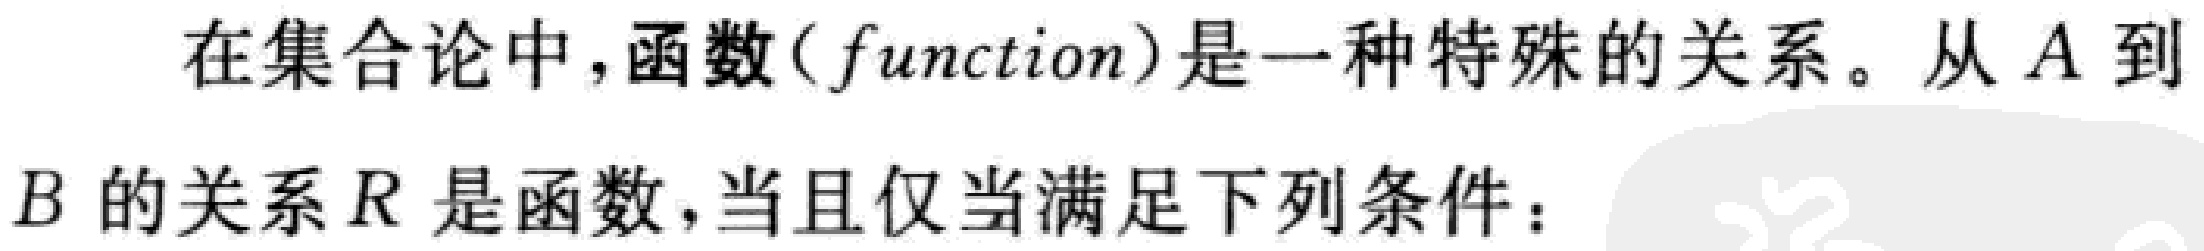
在集合论中，函数（function）是一种特殊的关系。从\(A\)到\(B\)的关系\(R\)是函数，当且仅当满足下列条件：